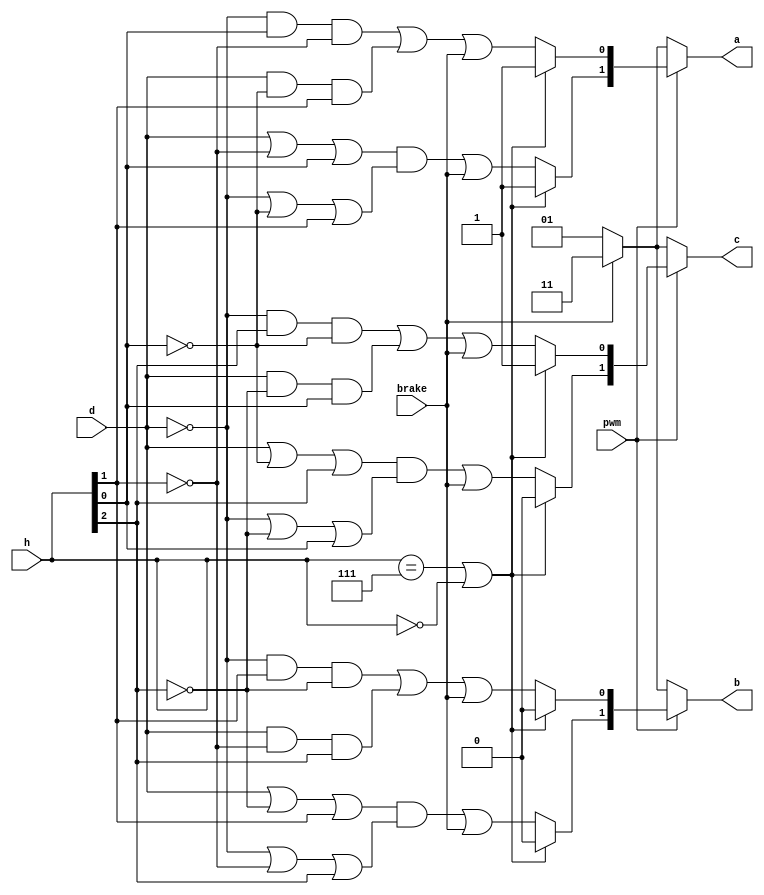
`timescale 1ns / 1ps
//////////////////////////////////////////////////////////////////////////////////
// Company: Kharagpur Robosoccer Student's Group 
// 
// Design Name: 
// Module Name: motordriver 
// Project Name: 
// Target Devices: 
// Tool versions: 
// Description: 
//
// Dependencies: 
//
// Revision: 
// Revision 0.01 - File Created
// Additional Comments: 
//
//////////////////////////////////////////////////////////////////////////////////
`timescale 1ns / 1ps
module gatedriver(pwm,a,b,c,h,d,brake);

input brake;
input [2:0]h;
input pwm;
input d;
output [1:0]a;
output [1:0]b;
output [1:0]c;

reg [1:0]k;
reg [1:0]l;
reg [1:0]m;

wire e=h[0];
wire f=h[1];
wire g=h[2];

always@(h or pwm) begin
	if(pwm) begin
		if(h==7||h==0) begin
			k=2'b11;
			l=2'b00;
			m=2'b01;
		end
		else begin
//			k[0]=(((~d&~f)|(e&f)|(d&~e))|brake);
//			k[1]=(((~d&e&~f)|(d&~e&f))|brake);
//			l[0]=(((~d&~g)|(f&g)|(d&~f))|brake);
//			l[1]=(((~d&f&~g)|(d&~f&g))|brake);
//			m[0]=(((~d&~e)|(e&g)|(d&~g))|brake);
//			m[1]=(((~d&~e&g)|(d&e&~g))|brake);

			k[0] = (((~d&e&(~f))|(d&(~e)&f))|brake);
			k[1] = ((((d)|(~f)|e)&((~d)|(~e)|f))|brake);
			l[0] = (((~d&f&(~g))|(d&(~f)&g))|brake);
			l[1] = ((((d)|(~g)|f)&((~d)|(~f)|g))|brake);
			m[0] = (((~d&g&(~e))|(d&(~g)&e))|brake);
			m[1] = ((((d)|(~e)|g)&((~d)|(~g)|e))|brake);
		end
	end
	else begin
		if(brake==1) begin
			k=2'b11;
			l=2'b11;
			m=2'b11;
		end
		else begin
			k=2'b01;
			l=2'b01;
			m=2'b01;
		end
	end
end
assign a=k;
assign b=l;
assign c=m;
endmodule